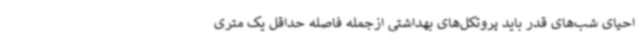
احیای شب‌های قدر باید پروتکل‌های بهداشتی ازجمله فاصله حداقل یک متری